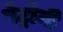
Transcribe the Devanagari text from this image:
पेट्रोनी